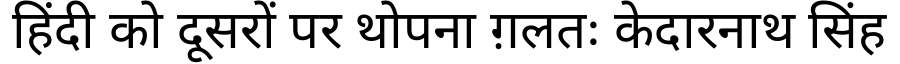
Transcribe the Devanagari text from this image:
हिंदी को दूसरों पर थोपना ग़लतः केदारनाथ सिंह